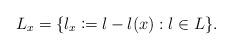
LaTeX: \begin{align*} L_x = \{l_x\coloneqq l-l(x): l \in L\}. \end{align*}